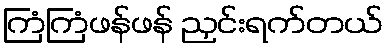
ကြံကြံဖန်ဖန် ညှင်းရက်တယ်